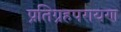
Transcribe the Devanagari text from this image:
प्रतिग्रहपरायण